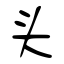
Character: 头